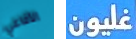
الأفاعي غليون